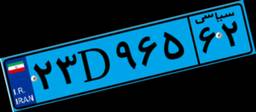
۵۶D۷۵۱۱۴